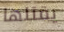
يقتلها